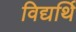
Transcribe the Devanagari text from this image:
विद्यर्थि